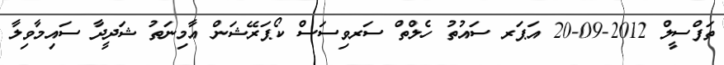
ތަފްސީލް 2012-09-20 އަޕަރ ސައުތު ހެލްތް ސަރވިސަސް ކޯޕަރޭޝަން އާމިނަތު ޝަދީދާ ސައިމާވިލާ